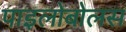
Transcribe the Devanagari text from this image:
पाइलोबोलस